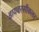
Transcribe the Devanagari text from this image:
डायवरसीकलर